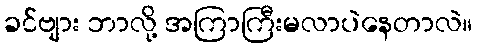
ခင်ဗျား ဘာလို့ အကြာကြီးမလာပဲနေတာလဲ။